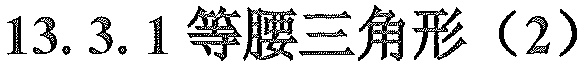
13.3.1等腰三角形（2）